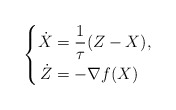
\begin{align*} \left\{ \begin{aligned} \dot{X} &= \frac{1}{\tau} (Z - X),\\ \dot{Z} &= -\nabla f(X) \end{aligned} \right.\end{align*}